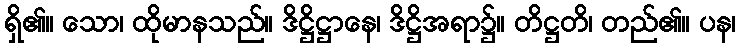
ရှိ၏။ သော၊ ထိုမာနသည်။ ဒိဋ္ဌိဋ္ဌာနေ၊ ဒိဋ္ဌိအရာ၌။ တိဋ္ဌတိ၊ တည်၏။ ပန၊